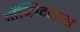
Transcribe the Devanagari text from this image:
ऑब्लिटरान्स